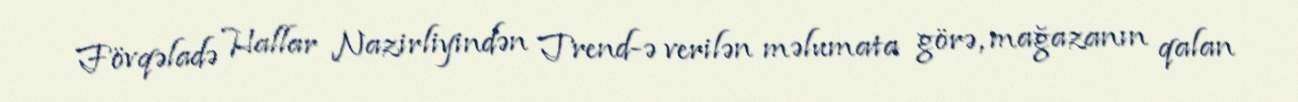
Fövqəladə Hallar Nazirliyindən Trend-ə verilən məlumata görə, mağazanın qalan